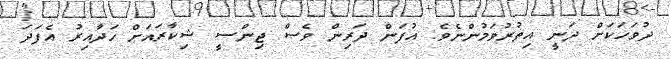
ދުވަހަކަށް ދަނީ އިތުރުވަމުންނެވެ. އުފަން ދަރިން ވެސް ޖިންސީ ޝިކާރައަށް ހަދާއިރު އެފަދަ